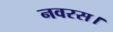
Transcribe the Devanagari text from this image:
नवरस।